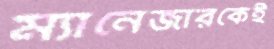
ম্যানেজারকেই